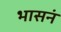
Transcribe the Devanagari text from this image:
भासनं